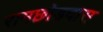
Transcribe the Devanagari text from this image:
रामछोडदास